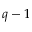
q - 1